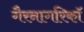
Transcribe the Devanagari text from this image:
गैरनागरिकॉ